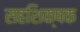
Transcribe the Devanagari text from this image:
सहशिक्षक